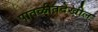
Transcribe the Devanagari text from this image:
पातळीतदेखील